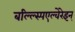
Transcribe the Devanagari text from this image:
बल्ल्स्पिएल्वेरेइन्